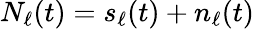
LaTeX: N_{\ell}(t)=s_{\ell}(t)+n_{\ell}(t)